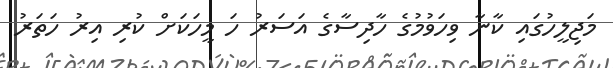
މަޖިލީހުގައި ކާނާ ވިހަވުމުގެ ހާދިސާގެ އަސަރު ހަ މީހަކަށް ކުރި އިރު ހަތަރު